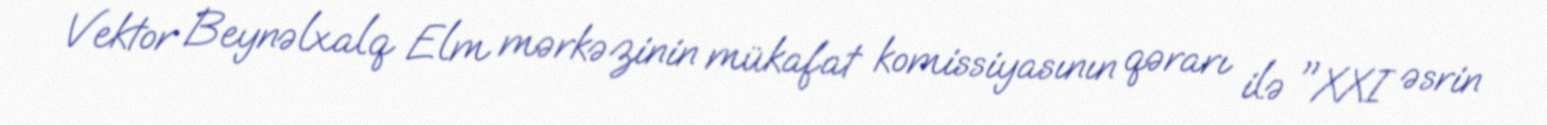
Vektor Beynəlxalq Elm mərkəzinin mükafat komissiyasının qərarı ilə "XXI əsrin